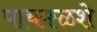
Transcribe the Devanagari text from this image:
पाचकळशे